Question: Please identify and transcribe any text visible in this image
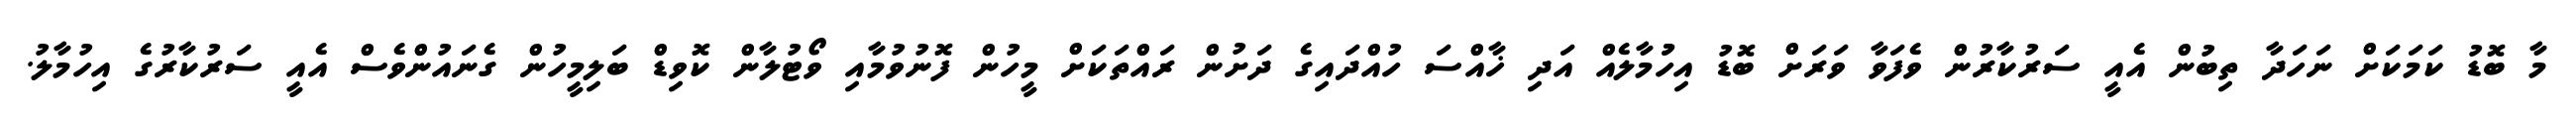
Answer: މާ ބޮޑު ކަމަކަށް ނަހަދާ ތިބުން އެއީ ސަރުކާރުން ވެފަވާ ވަރަށް ބޮޑު އިހުުމާލެއް އަދި ޚާއްސަ ހުއްދައިގެ ދަށުން ރައްތަކަށް މީހުން ފޮނުވުމާއި ވޯޓުލާން ކޮވިޑް ބަލިމީހުން ގެނައުންވެސް އެއީ ސަރުކާރުގެ އިހުމާލު.